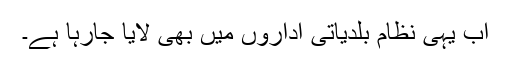
اب یہی نظام بلدیاتی اداروں میں بھی لایا جارہا ہے۔